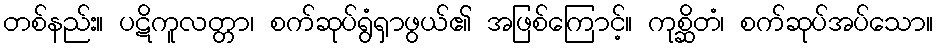
တစ်နည်း။ ပဋိကူလတ္တာ၊ စက်ဆုပ်ရွံရှာဖွယ်၏ အဖြစ်ကြောင့်။ ကုစ္ဆိတံ၊ စက်ဆုပ်အပ်သော။